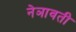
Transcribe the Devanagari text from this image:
नेञावती